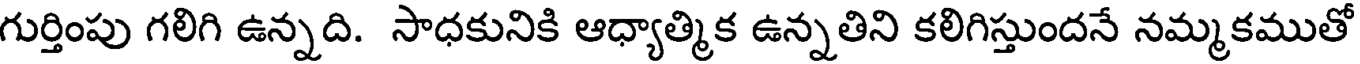
గుర్తింపు గలిగి ఉన్నది. సాధకునికి ఆధ్యాత్మిక ఉన్నతిని కలిగిస్తుందనే నమ్మకముతో